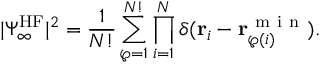
| \Psi _ { \infty } ^ { \mathrm { H F } } | ^ { 2 } = \frac { 1 } { N ! } \sum _ { \wp = 1 } ^ { N ! } \prod _ { i = 1 } ^ { N } \delta ( \mathbf { r } _ { i } - \mathbf { r } _ { \wp ( i ) } ^ { \mathrm { ~ m ~ i ~ n ~ } } ) .